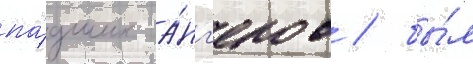
па́дших а́нг'елов / бы́л